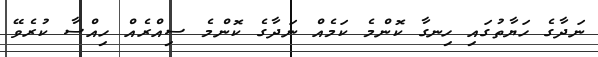
ނަދާގެ ހަޔާތުގައި ހިނގާ ކޮންމެ ކަމެއް ނަދާގެ ކޮންމެ ސިއްރެއް ހިއްސާ ކުރެވޭ